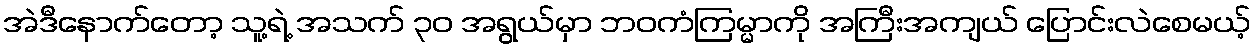
အဲဒီနောက်တော့ သူ့ရဲ့ အသက် ၃၀ အရွယ်မှာ ဘဝကံကြမ္မာကို အကြီးအကျယ် ပြောင်းလဲစေမယ့်